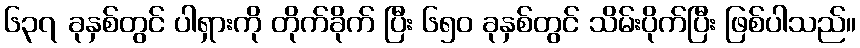
၆၃၇ ခုနှစ်တွင် ပါရှားကို တိုက်ခိုက် ပြီး ၆၅၀ ခုနှစ်တွင် သိမ်းပိုက်ပြီး ဖြစ်ပါသည်။